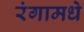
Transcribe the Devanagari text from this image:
रंगामधे